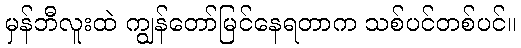
မှန်ဘီလူးထဲ ကျွန်တော်မြင်နေရတာက သစ်ပင်တစ်ပင်။